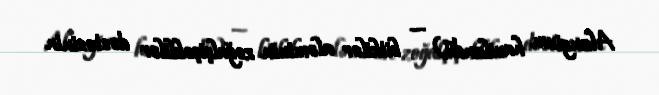
Alangium havilandii) — bitkilər aləminin zoğalçiçəklilər dəstəsinin